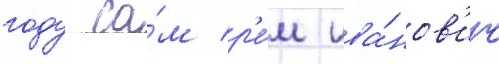
году са́м р'е́м ива́нов'ич